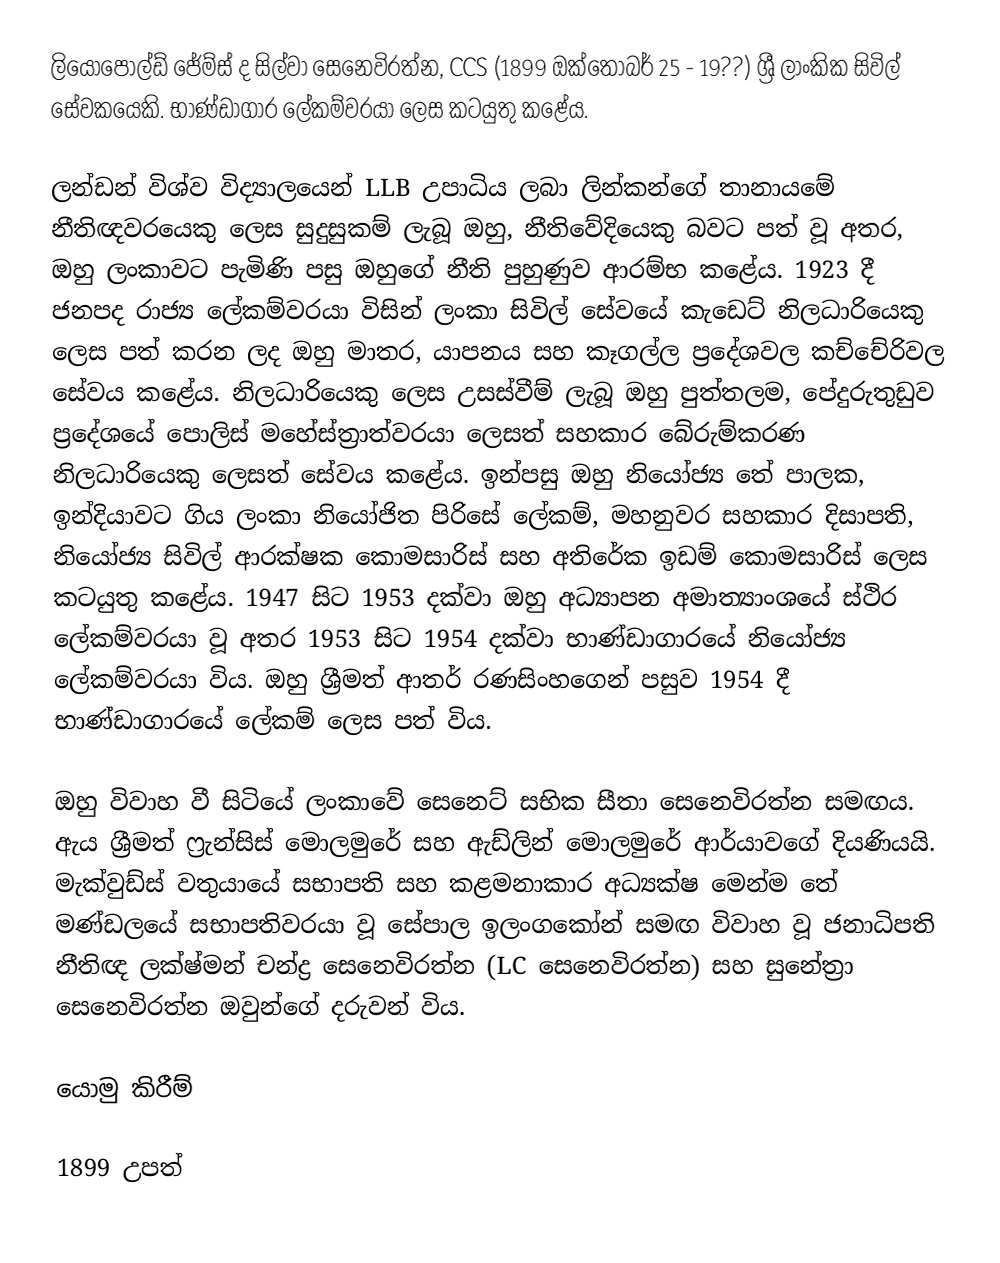
ලියෝපෝල්ඩ් ජේම්ස් ද සිල්වා සෙනෙවිරත්න, CCS (1899 ඔක්තෝබර් 25 - 19??) ශ්‍රී ලාංකික සිවිල් සේවකයෙකි. භාණ්ඩාගාර ලේකම්වරයා ලෙස කටයුතු කළේය.

ලන්ඩන් විශ්ව විද්‍යාලයෙන් LLB උපාධිය ලබා ලින්කන්ගේ තානායමේ නීතිඥවරයෙකු ලෙස සුදුසුකම් ලැබූ ඔහු, නීතිවේදියෙකු බවට පත් වූ අතර, ඔහු ලංකාවට පැමිණි පසු ඔහුගේ නීති පුහුණුව ආරම්භ කළේය. 1923 දී ජනපද රාජ්‍ය ලේකම්වරයා විසින් ලංකා සිවිල් සේවයේ කැඩෙට් නිලධාරියෙකු ලෙස පත් කරන ලද ඔහු මාතර, යාපනය සහ කෑගල්ල ප්‍රදේශවල කච්චේරිවල සේවය කළේය. නිලධාරියෙකු ලෙස උසස්වීම් ලැබූ ඔහු පුත්තලම, පේදුරුතුඩුව ප්‍රදේශයේ පොලිස් මහේස්ත්‍රාත්වරයා ලෙසත් සහකාර බේරුම්කරණ නිලධාරියෙකු ලෙසත් සේවය කළේය. ඉන්පසු ඔහු නියෝජ්‍ය තේ පාලක, ඉන්දියාවට ගිය ලංකා නියෝජිත පිරිසේ ලේකම්, මහනුවර සහකාර දිසාපති, නියෝජ්‍ය සිවිල් ආරක්ෂක කොමසාරිස් සහ අතිරේක ඉඩම් කොමසාරිස් ලෙස කටයුතු කළේය. 1947 සිට 1953 දක්වා ඔහු අධ්‍යාපන අමාත්‍යාංශයේ ස්ථිර ලේකම්වරයා වූ අතර 1953 සිට 1954 දක්වා භාණ්ඩාගාරයේ නියෝජ්‍ය ලේකම්වරයා විය. ඔහු ශ්‍රීමත් ආතර් රණසිංහගෙන් පසුව 1954 දී භාණ්ඩාගාරයේ ලේකම් ලෙස පත් විය.

ඔහු විවාහ වී සිටියේ ලංකාවේ සෙනෙට් සභික සීතා සෙනෙවිරත්න සමඟය. ඇය ශ්‍රීමත් ෆ්‍රැන්සිස් මොලමුරේ සහ ඇඩ්ලින් මොලමුරේ ආර්යාවගේ දියණියයි.  මැක්වුඩ්ස් වතුයායේ සභාපති සහ කළමනාකාර අධ්‍යක්ෂ මෙන්ම තේ මණ්ඩලයේ සභාපතිවරයා වූ සේපාල ඉලංගකෝන් සමඟ විවාහ වූ ජනාධිපති නීතිඥ ලක්ෂ්මන් චන්ද්‍ර සෙනෙවිරත්න (LC සෙනෙවිරත්න) සහ සුනේත්‍රා සෙනෙවිරත්න ඔවුන්ගේ දරුවන් විය.

යොමු කිරීම්

1899 උපත්